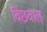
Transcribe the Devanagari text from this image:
विछवाल